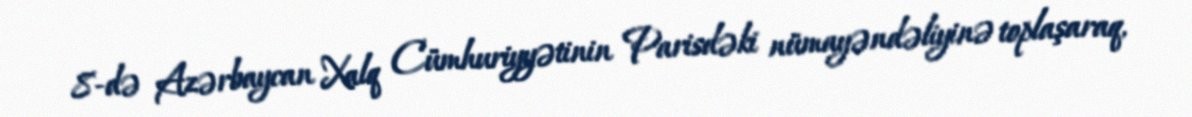
8-də Azərbaycan Xalq Cümhuriyyətinin Parisdəki nümayəndəliyinə toplaşaraq,